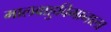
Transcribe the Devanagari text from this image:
मालवाहुविमानाला